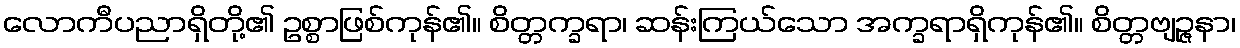
လောကီပညာရှိတို့၏ ဥစ္စာဖြစ်ကုန်၏။ စိတ္တက္ခရာ၊ ဆန်းကြယ်သော အက္ခရာရှိကုန်၏။ စိတ္တဗျဉ္ဇနာ၊